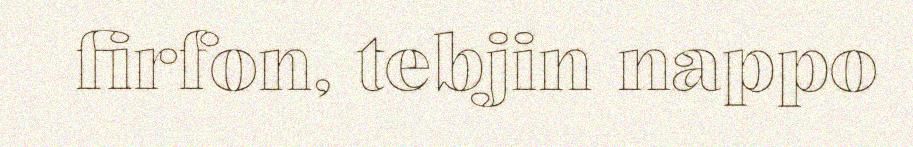
firfon, tebjin nappo